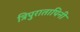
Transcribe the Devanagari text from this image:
त्रिपुरातापिनी